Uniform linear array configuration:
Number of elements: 16
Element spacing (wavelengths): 0.5
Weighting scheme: blackman
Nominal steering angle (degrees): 45
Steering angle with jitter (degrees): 44.66
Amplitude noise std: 0.05
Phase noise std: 0.05

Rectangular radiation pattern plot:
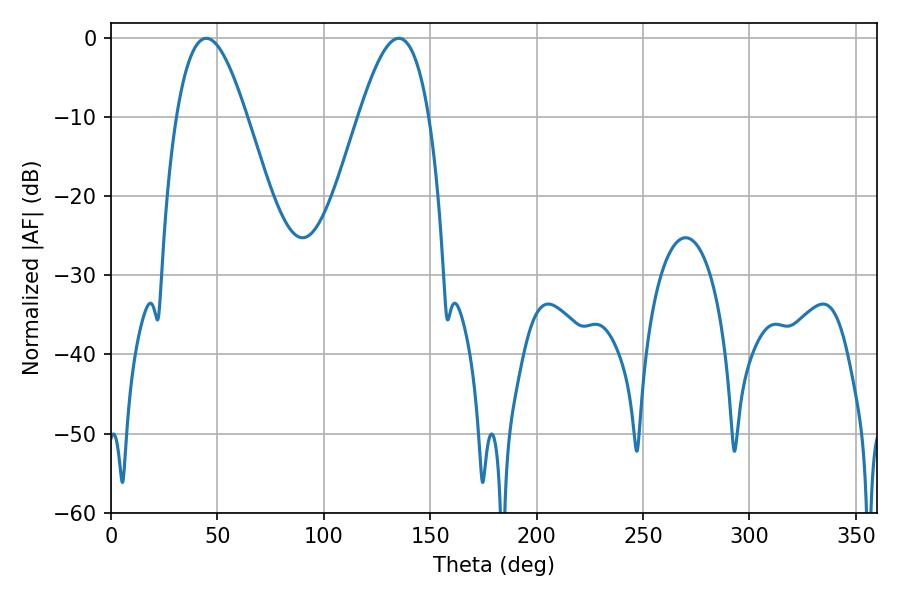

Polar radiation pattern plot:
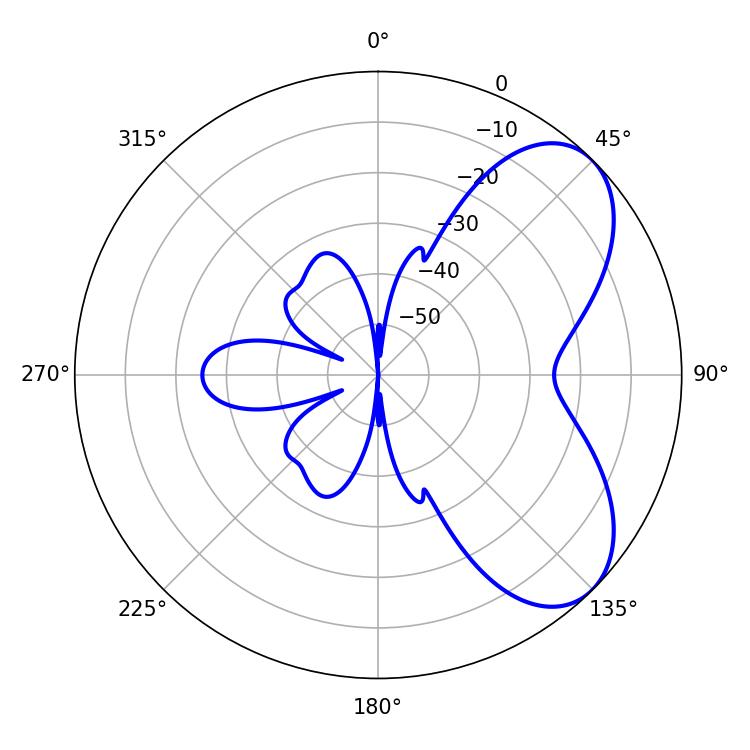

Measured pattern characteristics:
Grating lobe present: FALSE
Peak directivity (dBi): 6.124
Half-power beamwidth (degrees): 18
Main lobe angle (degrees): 44.82